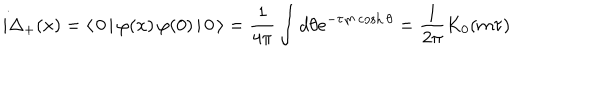
LaTeX: i \Delta _ { + } ( x ) = \langle \, 0 \, | \, \varphi ( x ) \, \varphi ( 0 ) \, | \, 0 \, \rangle = \frac { 1 } { 4 \pi } \int d \theta e ^ { - \tau m \cosh \theta } = \frac { 1 } { 2 \pi } K _ { 0 } ( m \tau )